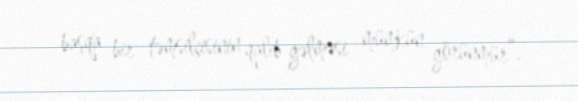
başqa bir təmsilçisinin qalib gəlməsi mümkün görünmür”.